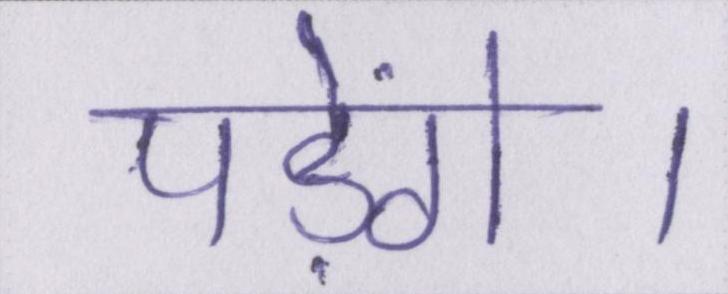
पड़ेंगे।